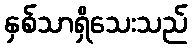
နှစ်သာရှိသေးသည်